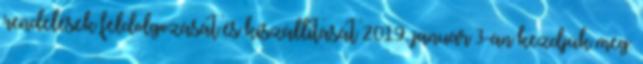
rendelések feldolgozását és kiszállítását 2019. január 3-án kezdjük meg.